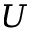
U